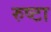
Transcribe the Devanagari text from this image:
रुष्टा